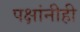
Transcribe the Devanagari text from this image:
पक्षांनीही